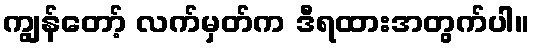
ကျွန်တော့် လက်မှတ်က ဒီရထားအတွက်ပါ။